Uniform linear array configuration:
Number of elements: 24
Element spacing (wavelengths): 0.5
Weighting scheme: hamming
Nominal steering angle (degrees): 30
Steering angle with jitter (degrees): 31.944
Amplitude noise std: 0.05
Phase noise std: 0.05

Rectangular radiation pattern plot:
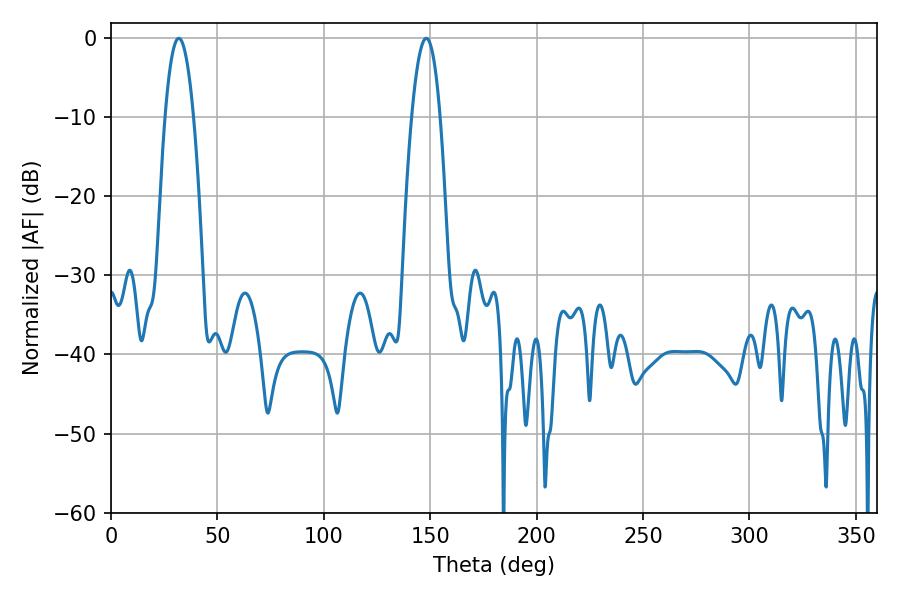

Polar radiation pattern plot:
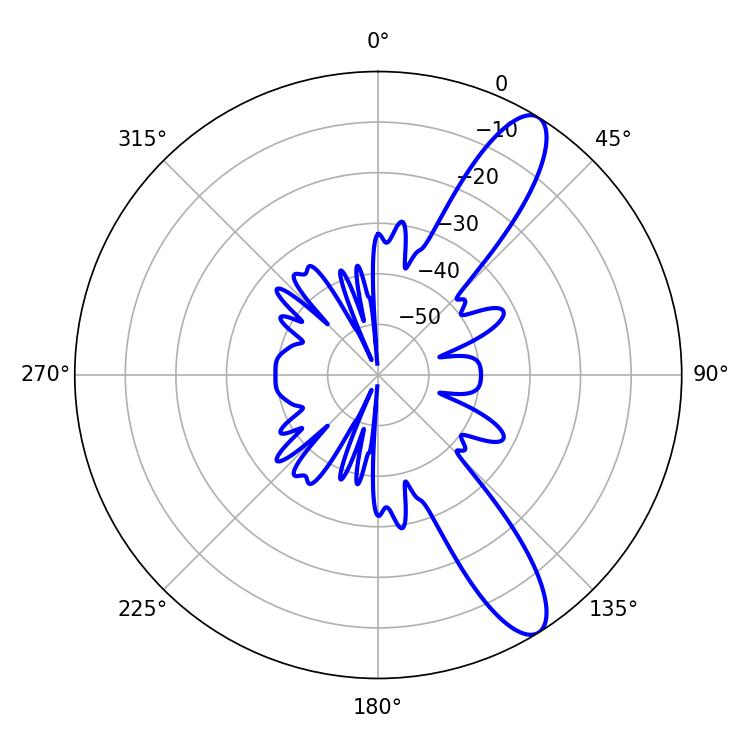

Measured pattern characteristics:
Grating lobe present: FALSE
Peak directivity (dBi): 11.349
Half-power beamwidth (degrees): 7.38
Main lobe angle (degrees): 31.86